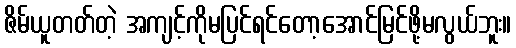
ဇိမ်ယူတတ်တဲ့ အကျင့်ကိုမပြင်ရင်တော့အောင်မြင်ဖို့မလွယ်ဘူး။